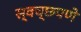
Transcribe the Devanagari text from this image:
स्वच्छपणे